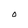
Character: O